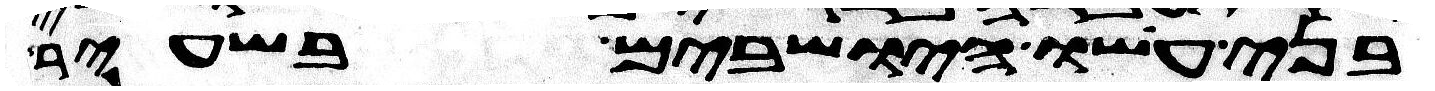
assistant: בני עשו הישבים בשעיר